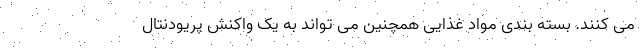
می کنند. بسته بندی مواد غذایی همچنین می تواند به یک واکنش پریودنتال